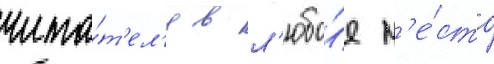
чита́т'ел'я в л'юбо́е м'е́сто